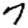
Digit: 7